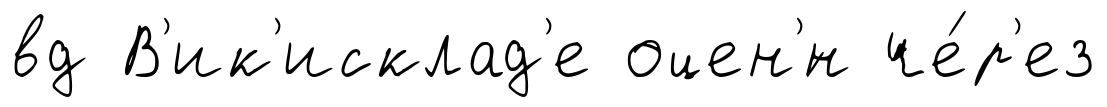
вд В'ик'исклад'е оцен'́н че́р'ез